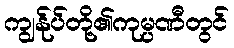
ကျွန်ုပ်တို့၏ကုမ္ပဏီတွင်